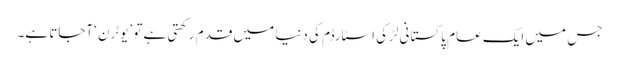
جس میں ایک عام پاکستانی لڑکی اسٹارڈم کی دنیا میں قدم رکھتی ہے تو ’یوٹرن ‘آجاتا ہے۔